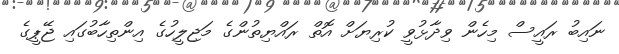
ނައިބު ރައީސް މިހެން ވިދާޅުވީ ކުރިޔަށް އޮތް ރައްޔިތުންގެ މަޖިލީހުގެ އިންތިހާބުގައި ޖޭޕީގެ